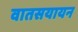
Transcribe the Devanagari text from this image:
वातसयायन